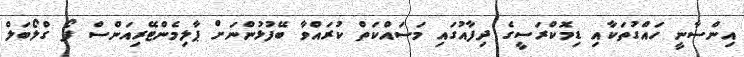
އިންސާނީ ހައްގުތަކާއި ޑިމޮކްރަސީގެ ދިފާއުގައި މަސައްކަތް ކުރައްވާ ބޭފުޅުންނަށް ޕާލިމެންޓޭރިއަންސް ފޯ ގްލޯބަލް